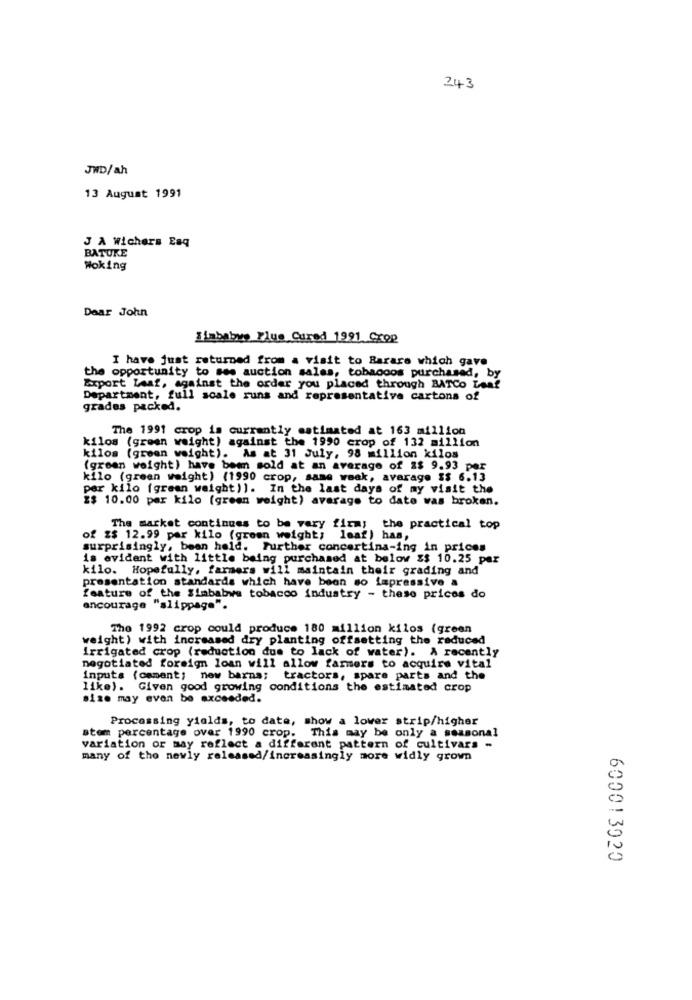
243
JWD/ah
13 August 1991
J A Wichers Esq
BATUKE
Woking
Dear John
Himbabye Flue Cured 1991 Crop
I have just returned from a visit to Barare which gave
the opportunity to see auction sales, tobaccos purchased, by
Export Leaf, against the order you placed through BATCo Leaf
Department, full scale runs and representative cartons of
grades packed.
The 1991 crop is currently estimated at 163 million
kilos (green weight) against the 1990 crop of 132 million
kilos (green weight). As at 31 July, 98 million kilos
(green weight) have been sold at an average of 2$ 9.93 per
kilo (green weight) (1990 crop, same weak, avarage $$ 6.13
per kilo (green weight)). In the last days of my visit the
Z$ 10.00 per kilo (green weight) average to date was broken.
The market continues to be very firmy the practical top
of z$ 12.99 par kilo (green weight; leaf ) has,
surprisingly, bean hold. Further concertina-ing in prices
is evident with little being purchased at below $$ 10.25 par
kilo. Hopefully, farmers will maintain their grading and
presentation standards which have been so impressive a
feature of the Zimbabwe tobacco industry - these prices do
encourage "slippage".
The 1992 crop could produce 180 million kilos (green
weight) with increased dry planting offsetting the reduced
irrigated crop (reduction due to lack of water). A recently
negotiated foreign loan will allow farmers to acquire vital
inputs (cament; new barna;
tractors, spare parts and the
like). Given good growing conditions the estimated crop
size may even be exceeded.
Processing yields, to date, show a lower strip/higher
stem percentage over 1990 crop. This may be only a seasonal
variation or may reflect a different pattern of cultivars -
many of the newly released/increasingly more widly grown
=
0
600013020